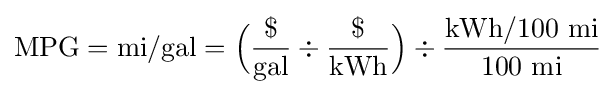
{\text{MPG}}={\text{mi}}/{\text{gal}}={\Bigl (}{\$ \over {\text{gal}}}\div {\$ \over {\text{kWh}}}{\Bigr )}\div {{\text{kWh}}/100~{\text{mi}} \over 100~{\text{mi}}}